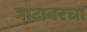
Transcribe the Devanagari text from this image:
घाटावरचा